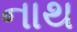
નાથ